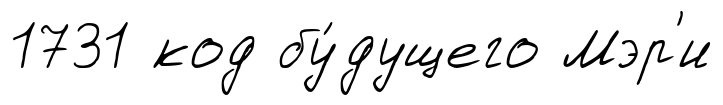
1731 код бу́дущего Мэр'и